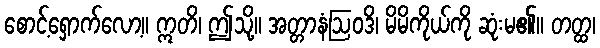
စောင့်ရှောက်လော့။ ဣတိ၊ ဤသို့။ အတ္တာနံဩဝဒိ၊ မိမိကိုယ်ကို ဆုံးမ၏။ တတ္ထ၊